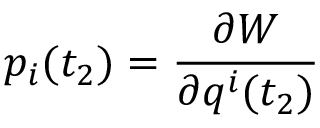
p _ { i } ( t _ { 2 } ) = \frac { \partial W } { \partial q ^ { i } ( t _ { 2 } ) }